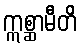
ဣစ္ဆာမီတိ